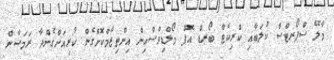
މާލޭ ސްޕޯރޓްސް ކުލަބާއި ކްރިކެޓް ބޯރޑް އޮފް މޯލްޑިވްސްއިން އިންތިޒާމްކޮށްގެން ކުރިއަށްގެންދާ ރަމަޝާން